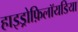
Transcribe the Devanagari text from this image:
हाइड्रोफ़िलॉयडिया